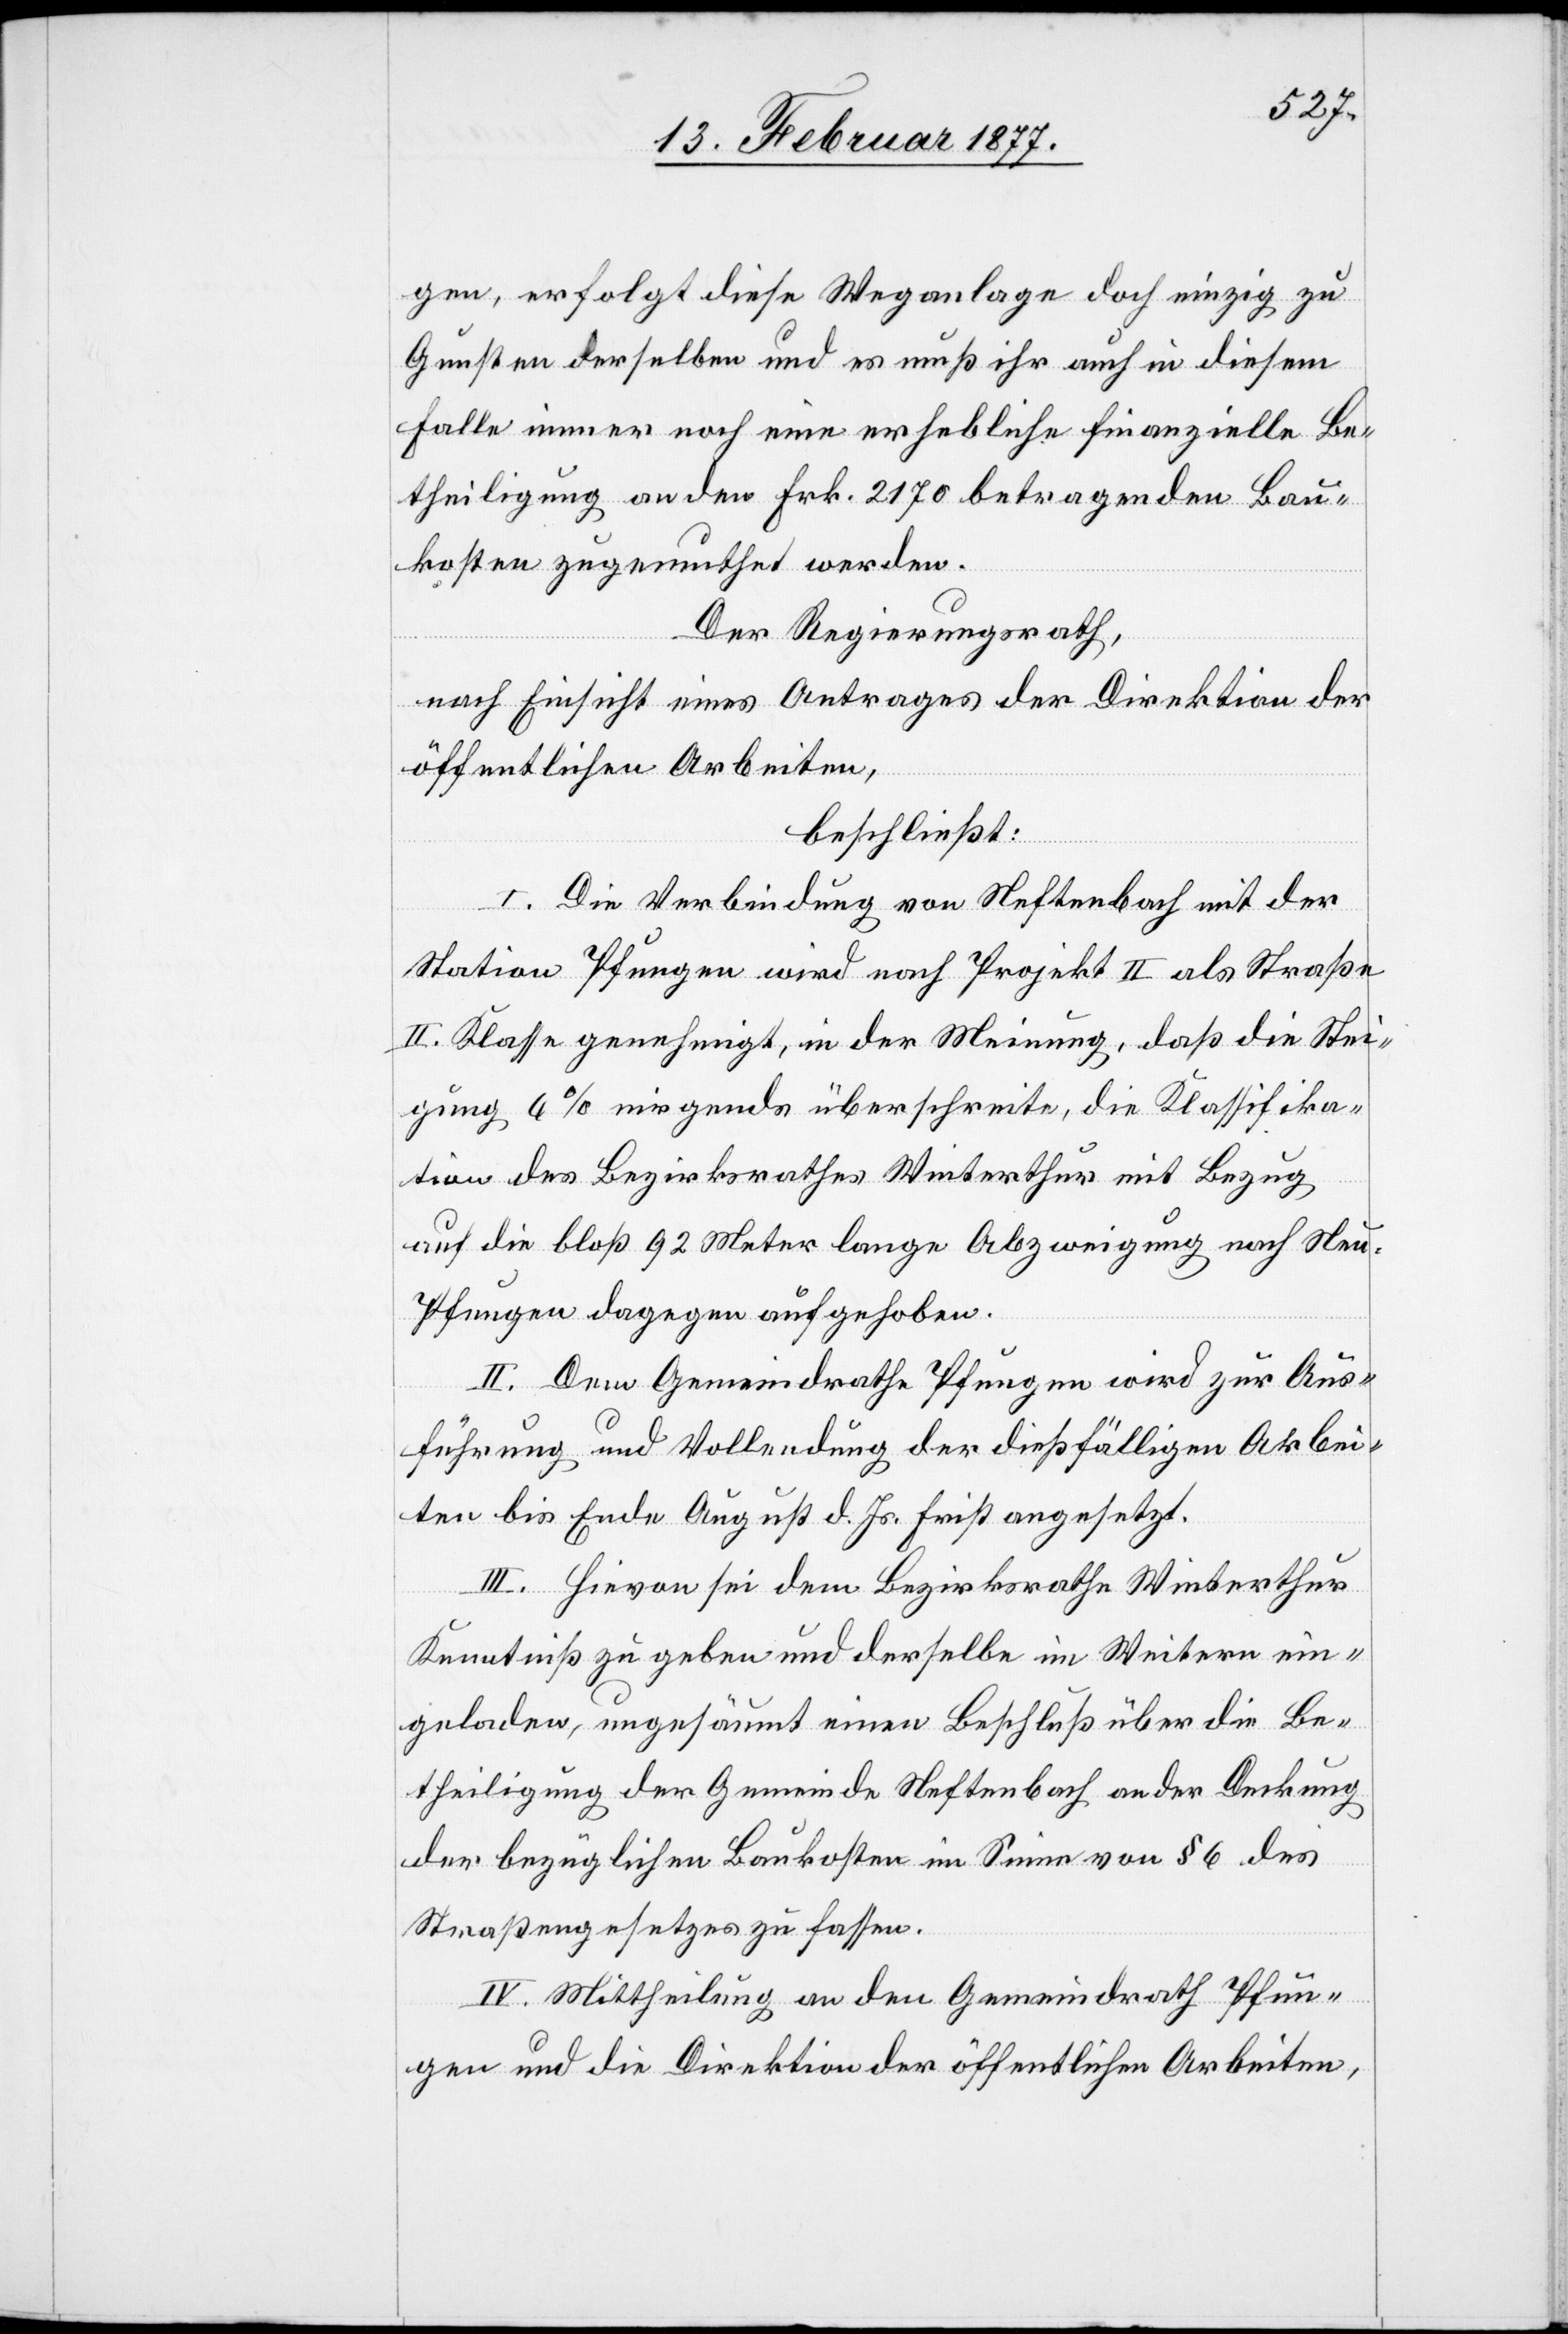
gen, erfolgt diese Weganlage doch einzig zu
Gunsten derselben und es muß ihr auch in diesem
Falle immer noch eine erhebliche finanzielle Be¬
theiligung an den Frk. 2170 betragenden Bau¬
kosten zugemuthet werden.
Der Regierungsrath,
nach Einsicht eines Antrages der Direktion der
öffentlichen Arbeiten,
beschließt:
I. Die Verbindung von Neftenbach mit der
Station Pfungen wird nach Projekt II als Straße
II. Klasse genehmigt, in der Meinung, daß die Stei¬
gung 6% nirgends überschreite, die Klassifika¬
tion des Bezirksrathes Winterthur mit Bezug
auf die bloß 92 Meter lange Abzweigung nach Ne¬
u-Pfungen dagegen aufgehoben.
II. Dem Gemeindrath Pfungen wird zur Aus¬
führung und Vollendung der dießfälligen Arbei¬
ten bis Ende August d. Js. Frist angesetzt.
III. Hievon sei dem Bezirksrathe Winterthur
Kenntniß zu geben und derselbe im Weitern ein¬
geladen, ungesäumt einen Beschluß über die Be¬
theiligung der Gemeinde Neftenbach an der Deckung
der bezüglichen Baukosten im Sinne von § 6 des
Straßengesetzes zu fassen.
IV. Mittheilung an den Gemeindrath Pfun¬
gen und die Direktion der öffentlichen Arbeiten,